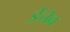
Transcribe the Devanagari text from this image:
ईचेब